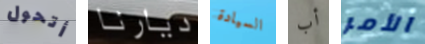
أتحول ديارنا السيادة أب الأمر